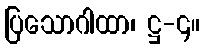
ပြသောဂါထာ၊ ဋ္ဌ-၄။